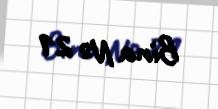
Bina № 21